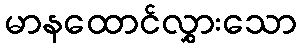
မာနထောင်လွှားသော